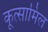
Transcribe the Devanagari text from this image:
कूत्सामिल